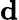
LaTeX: \mathbf{d}